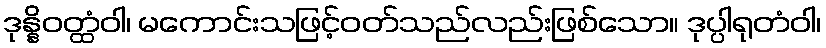
ဒုန္နိဝတ္ထံဝါ၊ မကောင်းသဖြင့်ဝတ်သည်လည်းဖြစ်သော။ ဒုပ္ပါရုတံဝါ၊